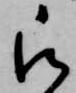
被